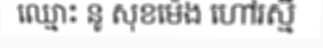
ឈ្មោះ នូ សុខម៉េង ហៅរស្មី